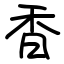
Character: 香